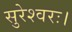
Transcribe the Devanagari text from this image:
सुरेश्वरः।